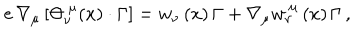
e \, \nabla _ { \mu } \left[ { \Theta } _ { \nu } ^ { ~ \mu } ( x ) \cdot \Gamma \right] = { w } _ { \nu } \left( x \right) \Gamma + \nabla _ { \mu } { w } _ { \nu } ^ { ~ \mu } \left( x \right) \Gamma \, ,